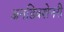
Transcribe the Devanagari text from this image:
अनडिक्शेनरी